system: You are a helpful assistant.
user:
Analyze the provided spectrum to determine if it is a **White Dwarf (WD)**.

A White Dwarf spectrum is defined by its **extreme purity** (due to gravitational settling) and/or **extreme pressure broadening** (due to high surface gravity). You must check for one of the following mutually exclusive signatures:

- **Key Visual Indicators (Check for ONE of these types):**

    - **1. DA-Type Signature (Most Common):**
        - **(Primary Feature):** Extreme pressure broadening (Stark broadening) of the **Hydrogen (H) Balmer lines**.
        - **(Key Lines):** $H\beta$ (approx. $4861$ Å) and $H\gamma$ (approx. $4340$ Å). $H\alpha$ (approx. $6563$ Å) will also be present if the wavelength range covers it.
        - **(Line Profile):** This is the **defining feature**. The lines are **NOT** sharp. They appear as massive, **extremely broad and deep "troughs" or "dips"** in the spectrum, often hundreds of Ångströms wide. The continuum will appear to "scoop" down at these wavelengths.
        - **(Distinction):** Normal A-type or B-type stars have *narrow* and *sharp* Hydrogen lines. A DA White Dwarf's lines are unmistakably "smeared" or "blurry" from pressure.

    - **2. DB-Type Signature:**
        - **(Primary Feature):** Broad absorption lines from **Neutral Helium (He I)**. The spectrum must lack any visible Hydrogen lines.
        - **(Key Lines):** Look for broad absorption near $4471$ Å, $4921$ Å, and $5876$ Å.
        - **(Line Profile):** These lines are also significantly pressure-broadened, appearing much wider than they would in a normal B-type main-sequence star.

    - **3. DC-Type Signature:**
        - **(Primary Feature):** A **featureless continuous spectrum**.
        - **(Line Profile):** The spectrum is a smooth curve with **no significant absorption or emission lines**.
        - **(Key Confirmation):** The continuum is almost always **blue or white**, indicating a hot object. This signature implies the atmosphere is so pure (or so cool) that no spectral lines are visible in the optical range. Its WD identity is confirmed by its extremely low intrinsic brightness (high absolute magnitude).

    - **4. DZ-Type Signature (Metal-Polluted):**
        - **(Primary Feature):** **Isolated, narrow metal absorption lines** on an otherwise featureless (DC-like) continuum.
        - **(Key Lines):** The **Calcium (Ca II) H & K doublet** (approx. **$3934$ Å** and **$3968$ Å**) is the most common and defining feature.
        - **(Line Profile):** These lines are "out of place." They are *not* part of a "forest" of thousands of lines. This signature is evidence of recent *accretion* (pollution) from rocky debris.
        - **(Distinction):** Normal G/K/M stars have a *dense forest* of thousands of metal lines. A DZ has a *clean* continuum with *only a few* strong metal lines.

    - **5. DQ-Type Signature (Carbon-Polluted):**
        - **(Primary Feature):** Absorption bands from **Carbon (C₂ "Swan Bands" or atomic C I)**.
        - **(Key Lines - C₂):** Look for bandheads with a "saw-tooth" shape near $5635$ Å, **$5165$ Å** (strongest), and $4737$ Å.
        - **(Key Confirmation):** The underlying **continuum must be blue or white** (hot).
        - **(Distinction):** This is the critical difference from a **Carbon Star**, which has the *exact same* C₂ bands but on an extremely **red, cool** continuum.

- **(Overall Spectrum):**
    - The continuum (overall shape) is typically **blue-sloping** (brighter in the blue than the red), as most white dwarfs are very hot.
    - The spectrum will look "pure" or "simple," dominated by only *one* of the five signatures listed above.

Think first, call **spectral_visualization_tool** if needed to examine features in detail, then provide your final answer. Your response must adhere to the following strict rules:
1.  **Overall Structure:** Your response must follow the format `<think>...</think> <tool_call>...</tool_call> (if a tool is used) <answer>...</answer>`.
2.  **Tool Usage Constraint:** You may only make **one** tool call per turn.
3.  **Final Answer Format:** In the `<answer>` tag, your conclusion must be inside a `\boxed{}` command (e.g., `\boxed{YES}` or `\boxed{NO}`), followed by your justification.

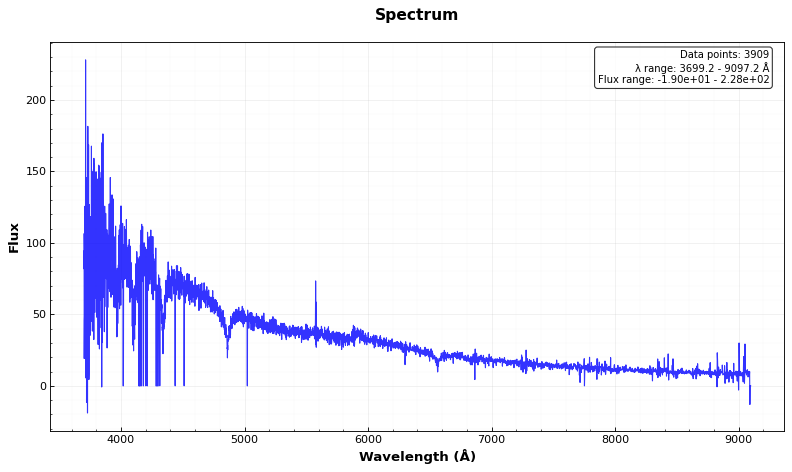
Answer: YES